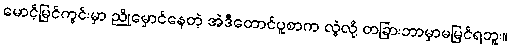
မောင့်မြင်ကွင်းမှာ ညိုမှောင်နေတဲ့ အဲဒီတောင်ပူစာက လွဲလို့ တခြားဘာမှာမမြင်ရဘူး။